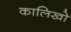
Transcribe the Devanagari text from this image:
कालिखो